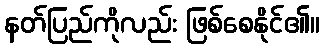
နတ်ပြည်ကိုလည်း ဖြစ်စေနိုင်၏။